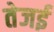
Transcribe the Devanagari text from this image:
तेजई